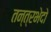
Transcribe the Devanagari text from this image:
तन्त्रभेदो